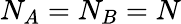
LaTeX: N_{A}=N_{B}=N